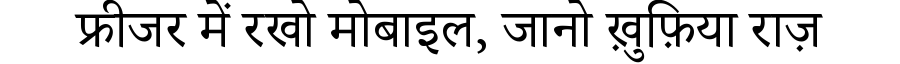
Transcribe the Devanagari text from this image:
फ्रीजर में रखो मोबाइल, जानो ख़ुफ़िया राज़